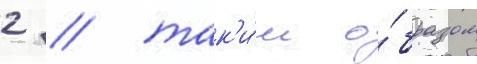
2 / так'и́м о́бразом